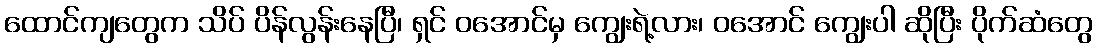
ထောင်ကျတွေက သိပ် ပိန်လွန်းနေပြီ၊ ရှင် ဝအောင်မှ ကျွေးရဲ့လား၊ ဝအောင် ကျွေးပါ ဆိုပြီး ပိုက်ဆံတွေ